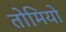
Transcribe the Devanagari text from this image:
तोमियो